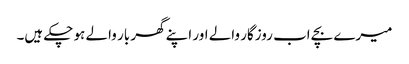
میرے بچے اب روزگار والے اور اپنے گھر بار والے ہو چکے ہیں۔